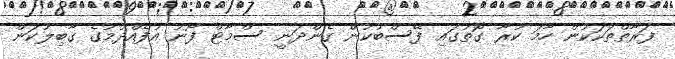
ފަރާތްތަކަކުން ހާމަ ކުރާ ގޮތުގައި ފޭސްބުކުން ގެންދަނީ ސްމާޓް ފޯނު އުފެއްދުމުގެ ގާބިލުކަން